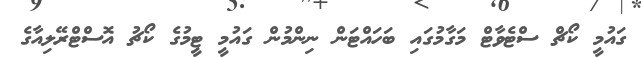
ގައުމީ ކޯޗް ސްޓެވާޓް މަގާމުގައި ބަހައްޓަން ނިންމުން ގައުމީ ޓީމުގެ ކޯޗު އޮސްޓްރޭލިއާގެ